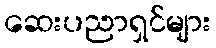
ဆေးပညာရှင်များ